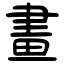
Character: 畫